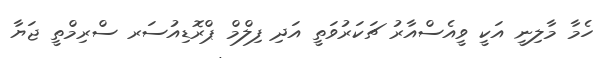
ހެމާ މާލިނީ އަކީ ވީއެސްއާރު ޗަކަރުވަތީ އަދި ފިލްމް ޕްރޮޑިއުސަރ ސްރިމްތީ ޖަޔާ